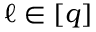
\ell \in [ q ]